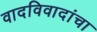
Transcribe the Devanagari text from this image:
वादविवादांचा